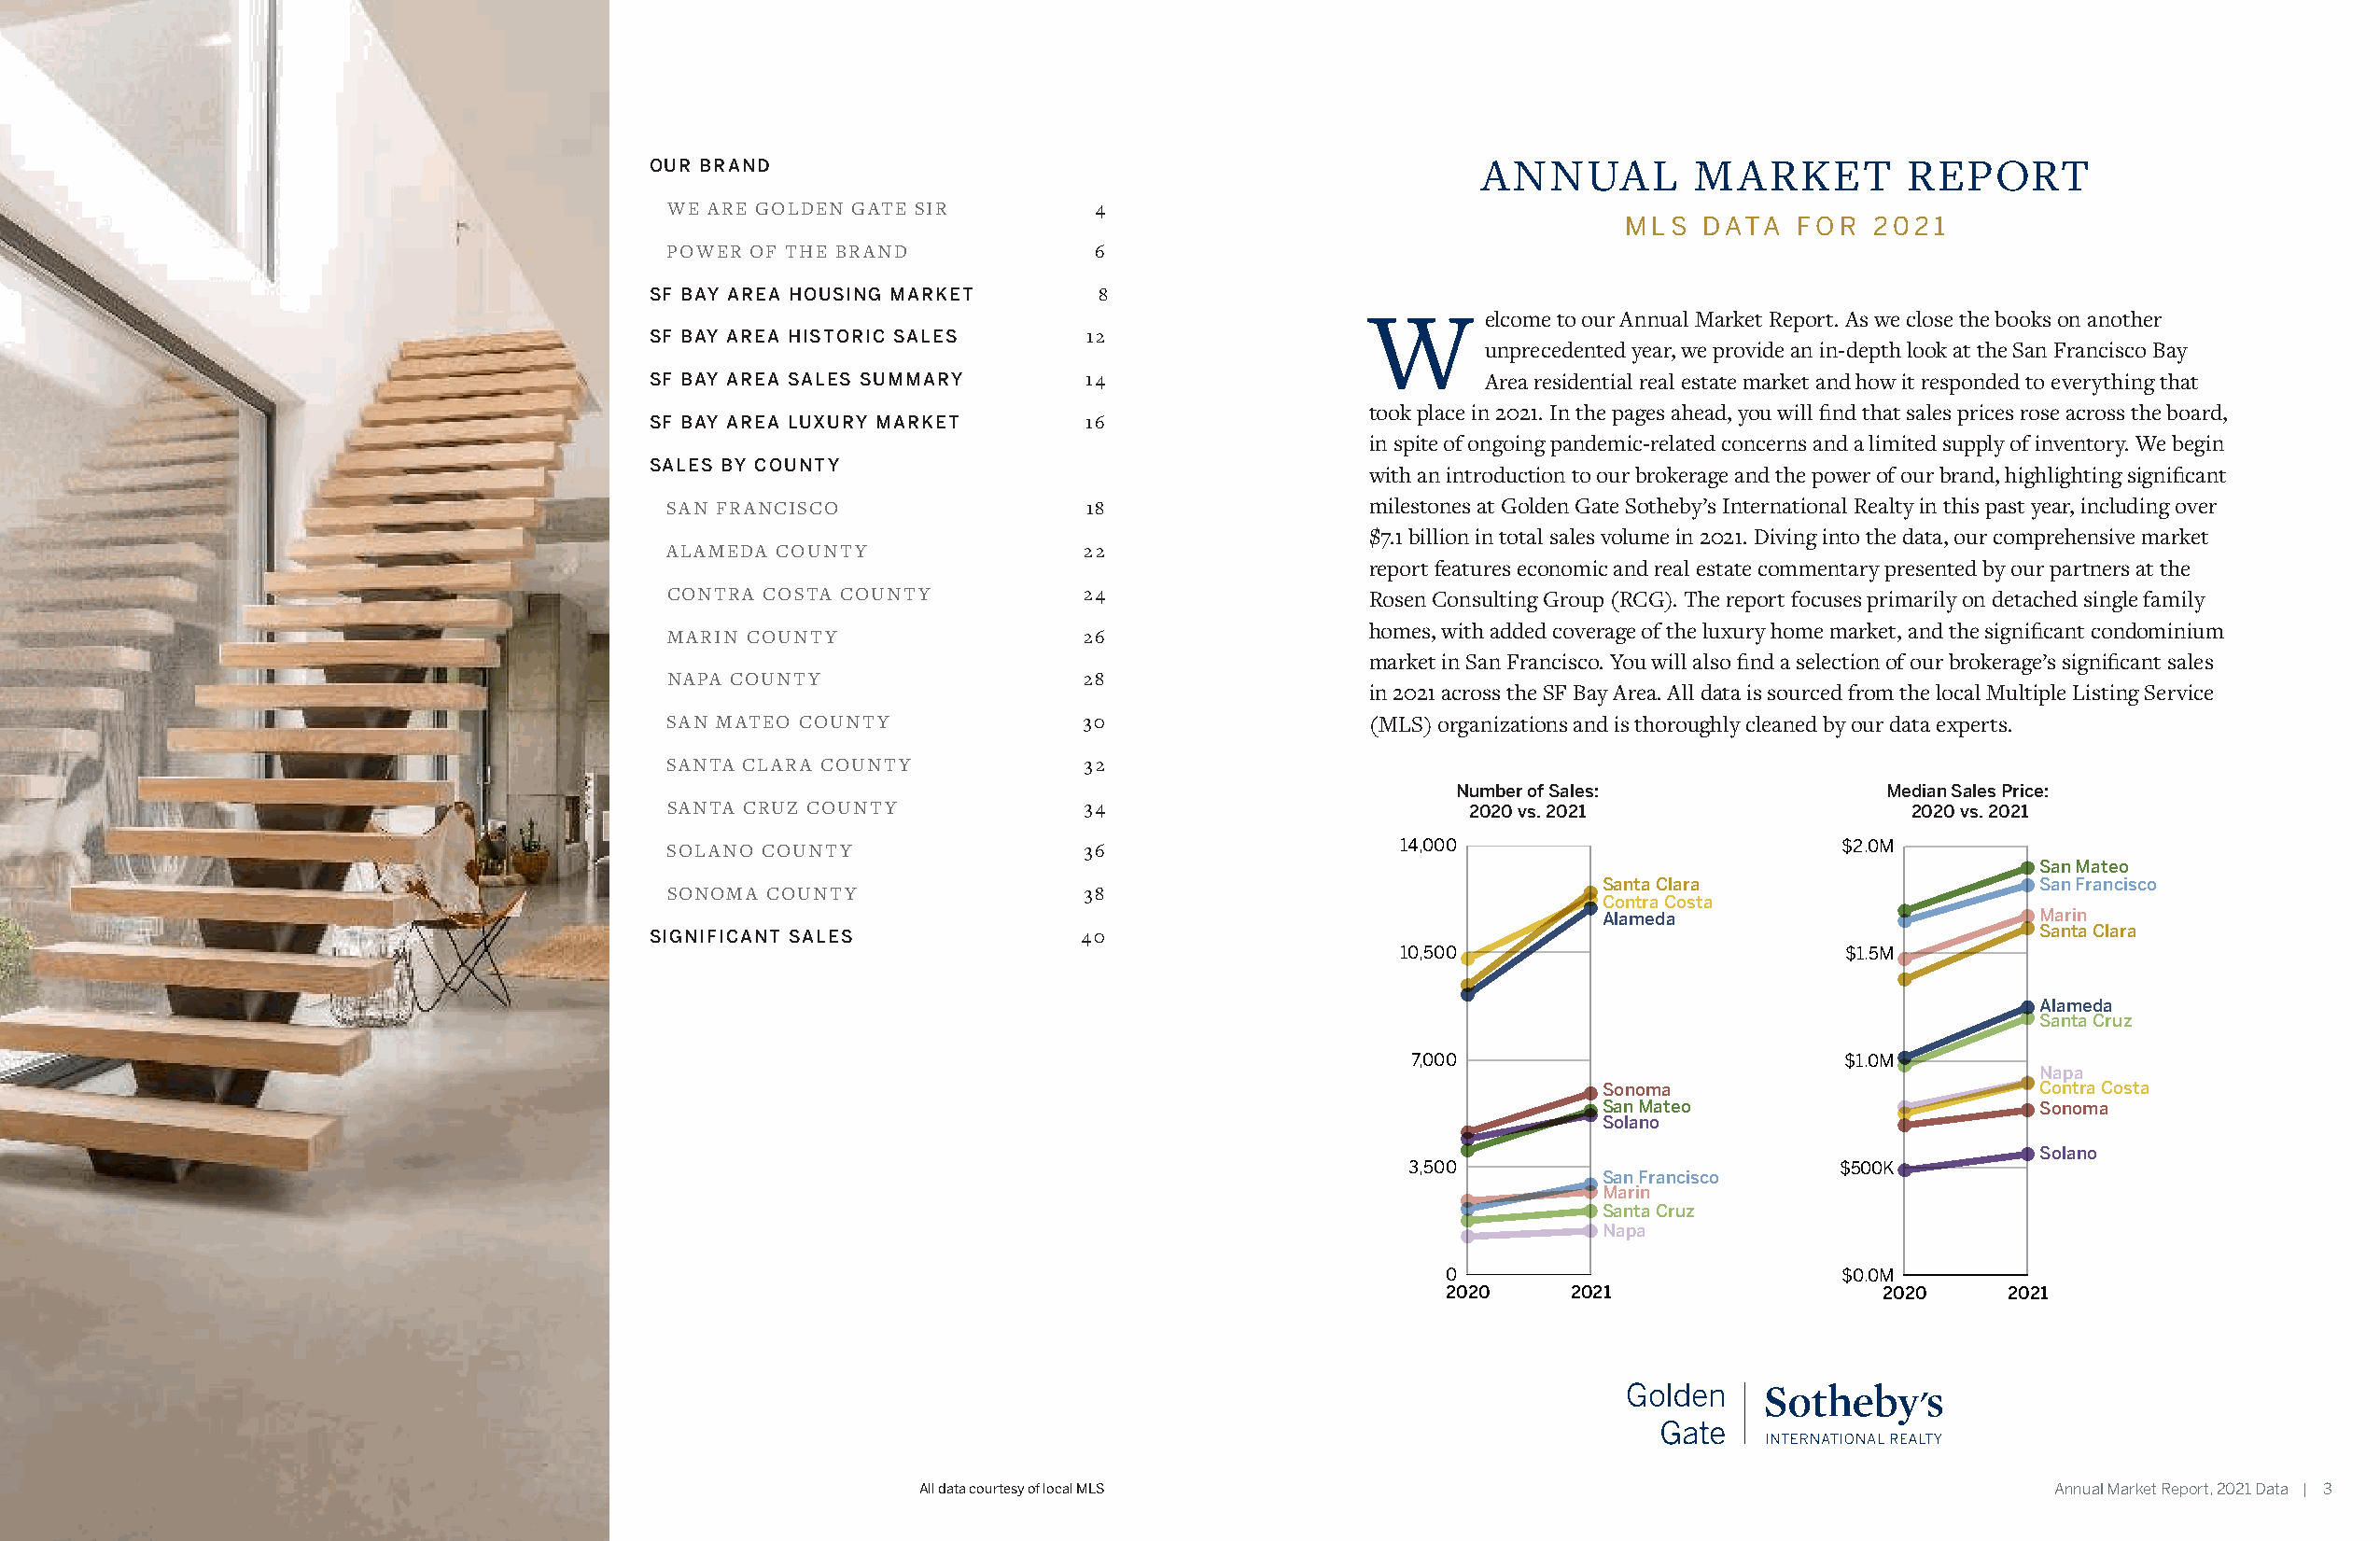
CONTENTS
 OUR BRAND                                                  ANNUAL         MARKET         REPORT
 WE ARE GOLDEN GATE SIR         4
 MLS   DATA   FOR  2021
 POWER OF THE BRAND             6
 SF BAY AREA HOUSING MARKET      8
 W       elcome to our Annual Market Report. As we close the books on another
 SF BAY AREA HISTORIC SALES     12
 unprecedented year, we provide an in-depth look at the San Francisco Bay
 SF BAY AREA SALES SUMMARY      14                          Area residential real estate market and how it responded to everything that
 took place in 2021. In the pages ahead, you will find that sales prices rose across the board,
 SF BAY AREA LUXURY MARKET      16
 in spite of ongoing pandemic-related concerns and a limited supply of inventory. We begin
 SALES BY COUNTY
 with an introduction to our brokerage and the power of our brand, highlighting significant
 SAN FRANCISCO                 18                  milestones at Golden Gate Sotheby’s International Realty in this past year, including over
 $7.1 billion in total sales volume in 2021. Diving into the data, our comprehensive market
 ALAMEDA COUNTY                22
 report features economic and real estate commentary presented by our partners at the
 CONTRA COSTA COUNTY           24                  Rosen Consulting Group (RCG). The report focuses primarily on detached single family
 homes, with added coverage of the luxury home market, and the significant condominium
 MARIN COUNTY                  26
 market in San Francisco. You will also find a selection of our brokerage’s significant sales
 NAPA COUNTY                   28
 in 2021 across the SF Bay Area. All data is sourced from the local Multiple Listing Service
 SAN MATEO COUNTY              30                  (MLS) organizations and is thoroughly cleaned by our data experts.
 SANTA CLARA COUNTY            32
 Number of Sales:               Median Sales Price:
 SANTA CRUZ COUNTY             34                         2020 vs. 2021                   2020 vs. 2021
 SOLANO COUNTY                 36                    14,000                          $2.0M
 San Mateo
 Santa Clara                    San Francisco
 SONOMA COUNTY                 38
 Contra Costa
 Alameda                        Marin
 SIGNIFICANT SALES              40                                                                  Santa Clara
 10,500                          $1.5M
 Alameda
 Santa Cruz
 7,000                          $1.0M
 Napa
 Sonoma                         Contra Costa
 San Mateo                      Sonoma
 Solano
 Solano
 3,500                          $500K
 San Francisco
 Marin
 Santa Cruz
 Napa
 0                           $0.0M
 2020    2021                   2020    2021
 All data courtesy of local MLS                                                   Annual Market Report, 2021 Data | 3